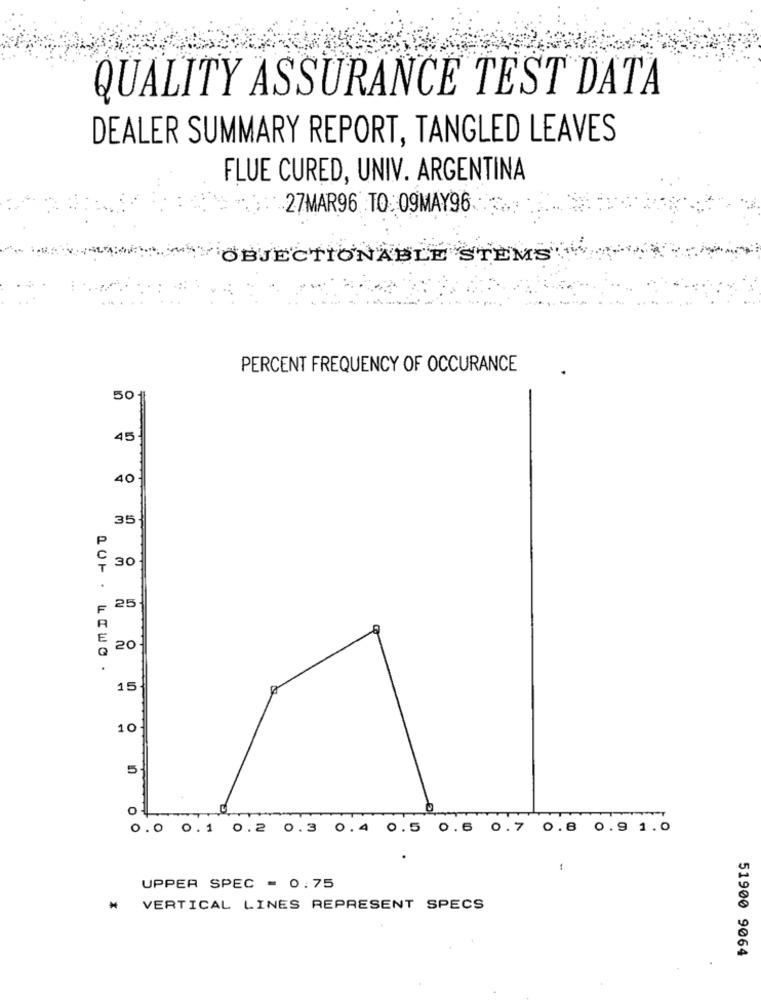
QUALITY ASSURANCE TEST DATA
DEALER SUMMARY REPORT, TANGLED LEAVES
FLUE CURED, UNIV. ARGENTINA
27MAR96 TO 09MAY96
OBJECTIONABLE STEMS"
PERCENT FREQUENCY OF OCCURANCE
50
45
40
35
30
- 25
2 20
15
10
5
O
0.0 0.1 0.2 0.3 0.4 0.5 0.6 0.7 0.8 0.9 1.0
UPPER SPEC = 0.75
₦ VERTICAL LINES REPRESENT SPECS
51900 9064